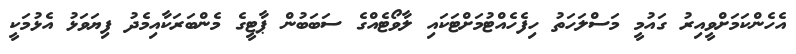
އެހެންކަމަށްވީއިރު ގައުމީ މަސްލަހަތު ހިފެހެއްޓުމަށްޓަކައި ލާވޯޓެއްގެ ސަބަބުން ޕާޓީގެ މެންބަރަކާއިމެދު ފިޔަވަޅު އެޅުމަކީ